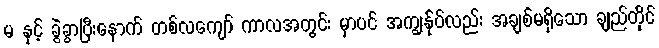
မ နှင့် ခွဲခွာပြီးနောက် တစ်လကျော် ကာလအတွင်း မှာပင် အကျွန်ုပ်လည်း အချစ်မရှိသော ချည်တိုင်